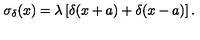
\sigma _ { \delta } ( x ) = \lambda \left[ \delta ( x + a ) + \delta ( x - a ) \right] .